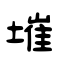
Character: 墔